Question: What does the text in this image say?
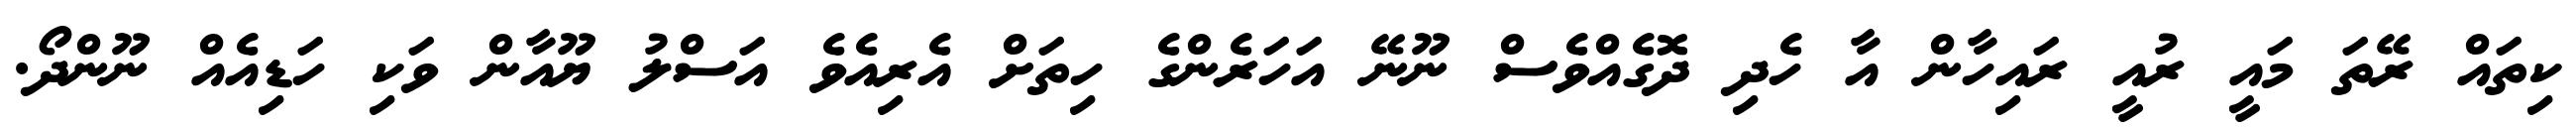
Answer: ކިތައް ރޭތަ މައީ ރުއީ ރައިހާން އާ ހެދި ދޮގެއްވެސް ނޫނޭ އަހަރެންގެ ހިތަށް އެރިއެވެ އަސްލު ޔޫއާން ވަކި ހަޑިއެއް ނޫންދޯ.